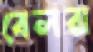
বেলরা